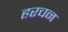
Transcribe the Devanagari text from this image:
हरचन